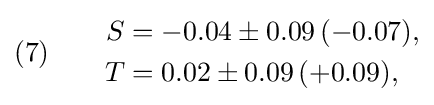
(7)\qquad {\begin{aligned}S&=-0.04\pm 0.09\,(-0.07),\\T&=0.02\pm 0.09\,(+0.09),\end{aligned}}